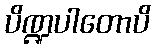
ပိဏ္ဍပါတောပိ